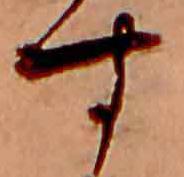
す